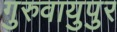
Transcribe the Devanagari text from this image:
गुरुवायुपुर